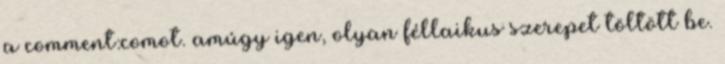
a comment:comot. amúgy igen, olyan féllaikus szerepet töltött be.